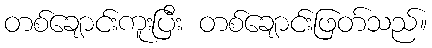
တစ်ချောင်းကူးပြီး တစ်ချောင်းဖြတ်သည်။